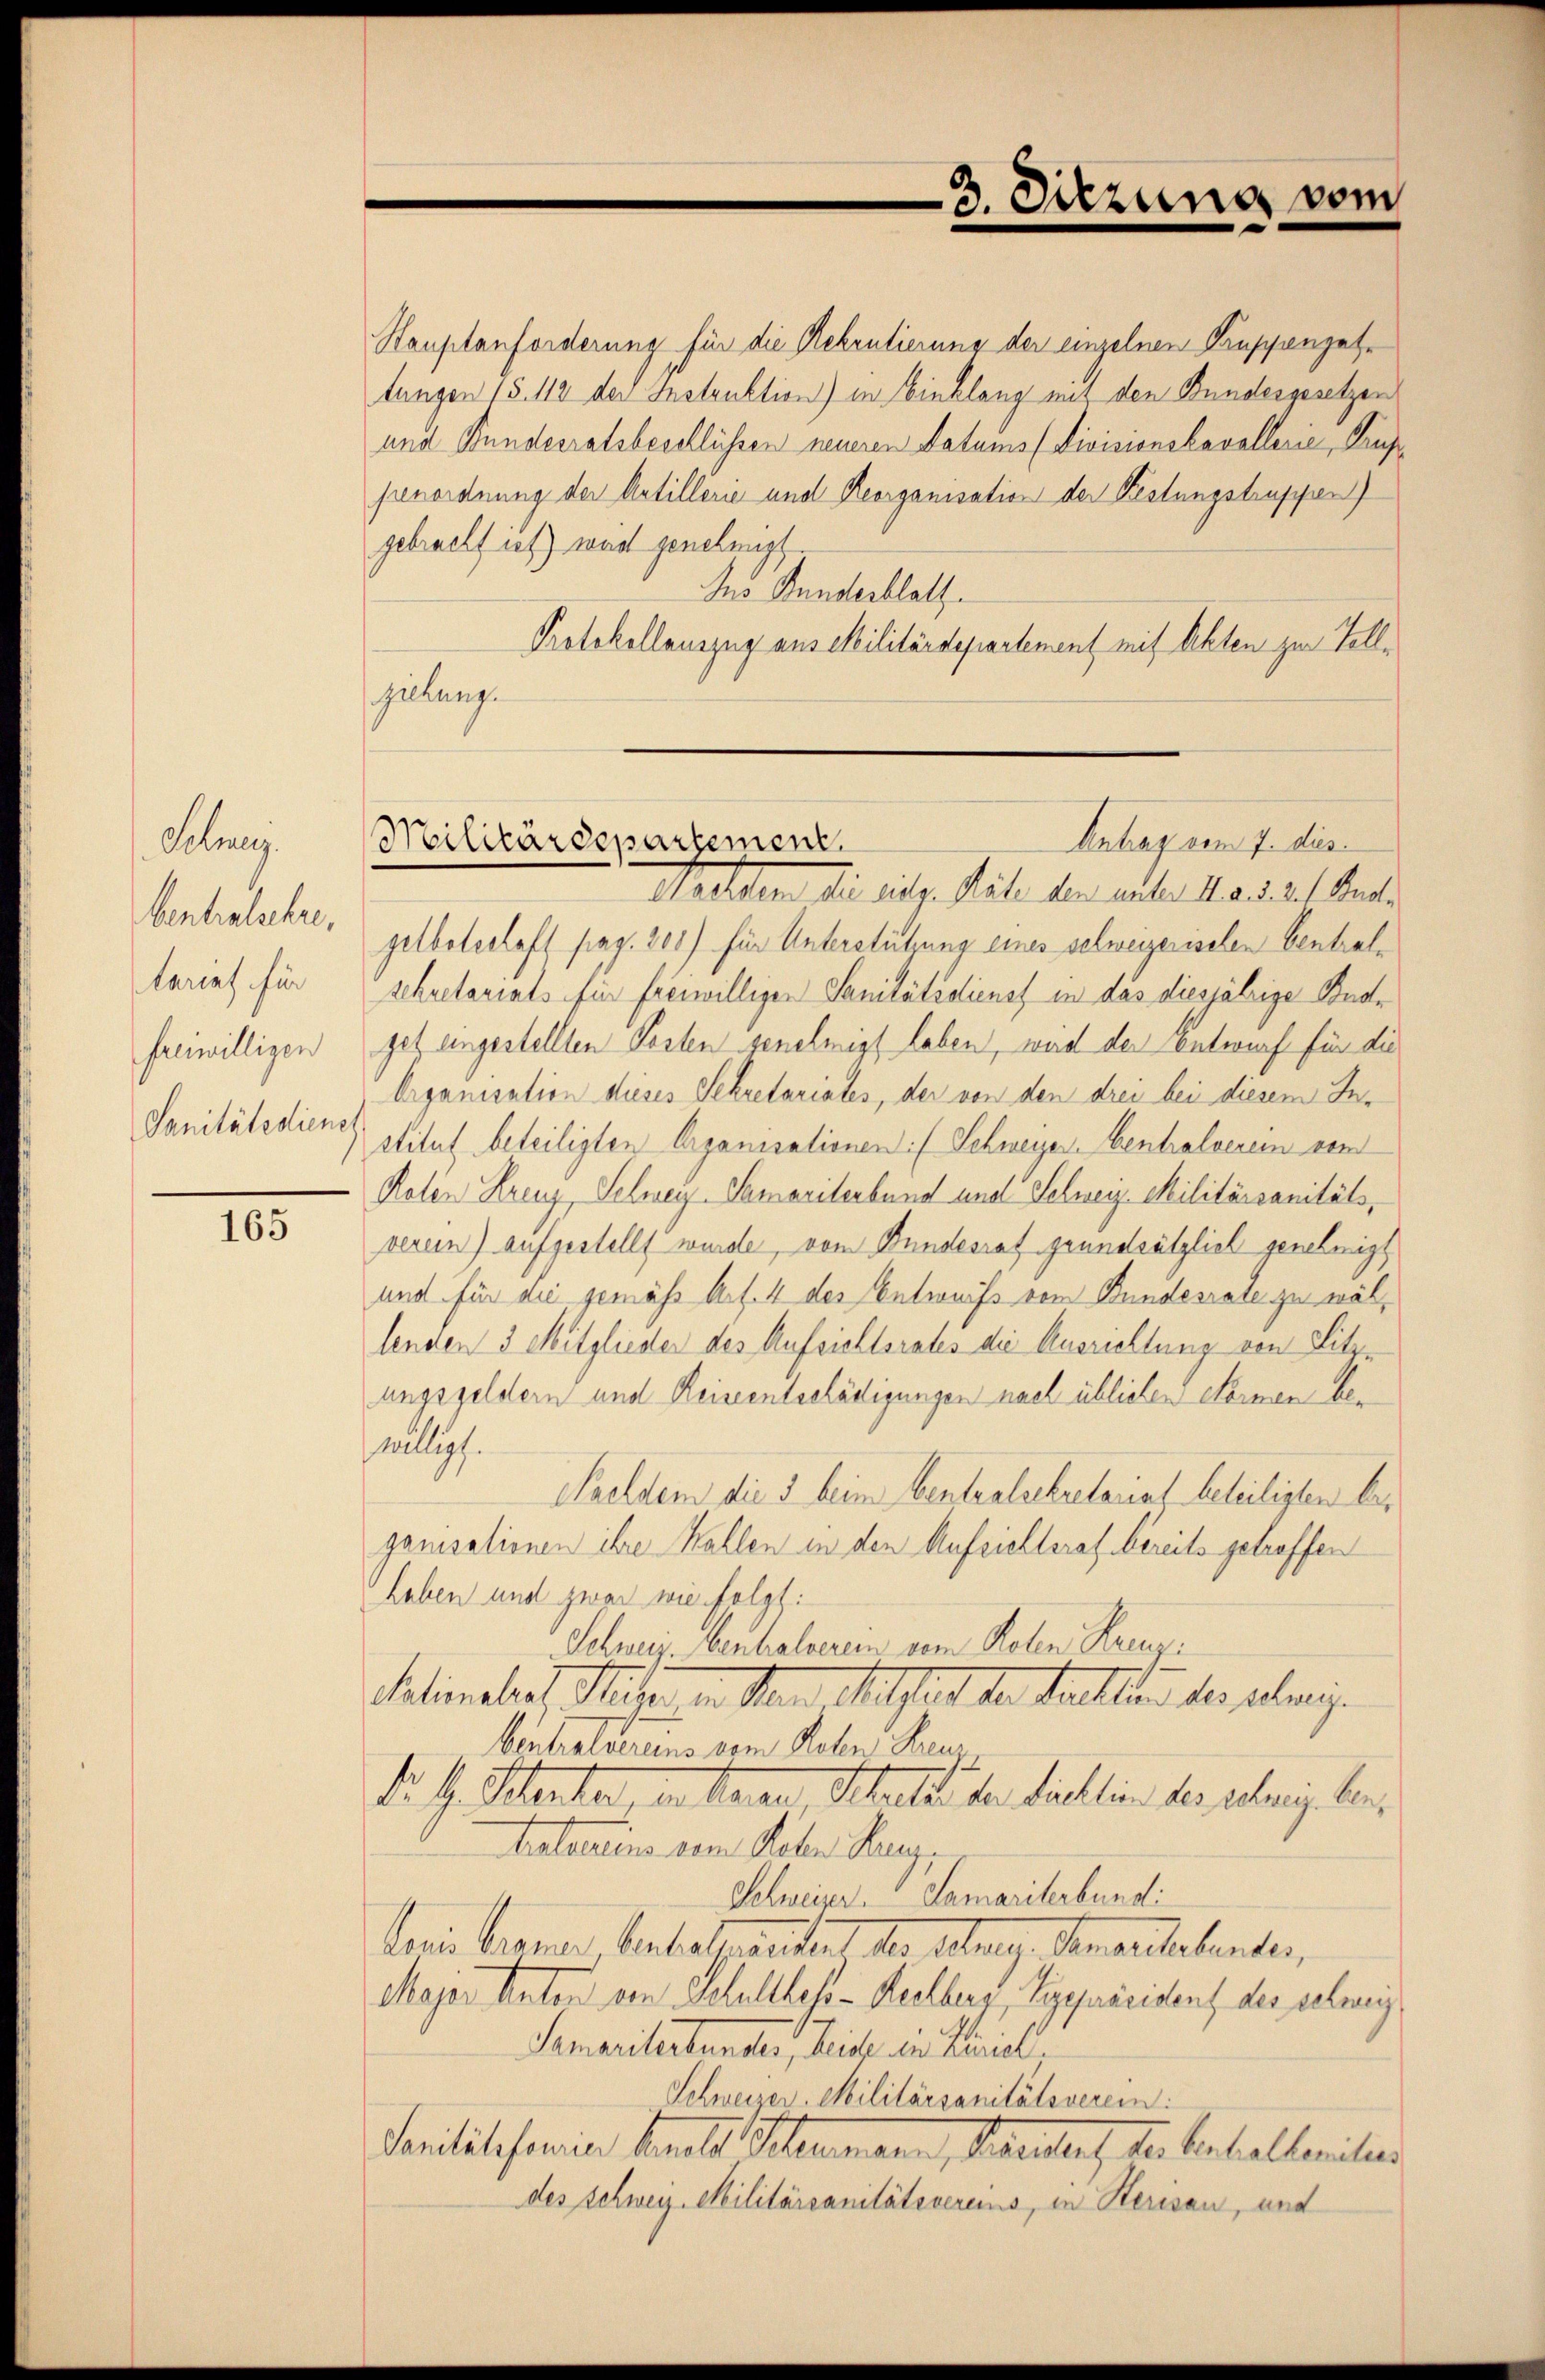
Sehnen.
bentenlehre,
tariat für
freiwilligen
Sanitätsdienst

165

3. Sitzung vom

Stauptanforderung für die Rekrutierung der einzelnen Lausanzestungen 15. 112 der Instruktion) in Einklang mit den Bundesgesetzen
und Bundesratsbeschlüssen neueren Datums (Livisionskavallerie, Truppenordnung der Artillerie und Reorganisation der Festungstruppen)
gebracht ist) war genehmigt
Ins Bundesblatt
Protokollauszug aus Militärdepartement mit Akten zur Toll¬
Geltung.

Antrag vom 7. dies
Militärdepartement,

Stetten die siegen täten den unter Stand des Kanale
getboterlaff pag. 200) für Unterstührung eines schweizerischen Centralschretariats für freiwilligen Sanitätsdienst in das diesjährige Budget angestellten Posten genehmigt leben, wird der Entwurf für die
Organisation dieses Sekretariates, der von den drei bei diesem Institut beteiligten Organisationen :/ Schweizer. Centralverein von
Roten Krenz, Selweg. Samariterbund und Schweiz. Militärsanitätsverein) aufgestellt wurde, vom Bundesrat grundsätzlich genehmigt
und für die gemäss Art. 4 der Entwurfs vom Bundesrate zu wällenden 3 Mitglieder des Aufsichtsrates die Ausrichtung von Litzungsgeldern und Reiseentschädigungen nach üblichen Sternen bewilligt.
Saeldem die 5 beim Centralsekretariat beteiligten beganisationen ihre Kallen in den Aufsichteraf bereits getroffen
haben und zwar wie folgt:
Schweiz. behalterem vom Roten Kreuzi
Mationaler, Michen in den Ausfluch der Fallen der wenige
bentralvereins vom Roten Beur
Dr. H. Petenter, von Kanze Schuld der Fachlin der jenige be¬
Katartins vom Raten Haug,
Schweizer. Samariterbund
lerie Miener Verbalmendent der Sitzung Generstehender,
Major Anton von Schultheß-Rechberg, Vizepräsident des celeneig
Samariterbundes, Leide die Kindl
Schweizer-Militärsanitätsverein:
Sanitätsfeier kalt Schemann, Segenten, Hr. Anstallenitur
des Schweiz. Militärsanitätsvereins, in Herisau, und